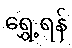
ရွှေ့ရန်